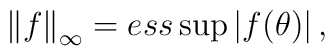
\left\| f\right\| _{\infty }=ess\sup \left| f(\theta )\right| ,